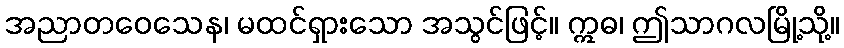
အညာတဝေသေန၊ မထင်ရှားသော အသွင်ဖြင့်။ ဣဓ၊ ဤသာဂလမြို့သို့။